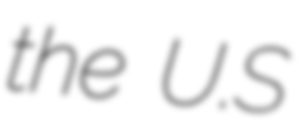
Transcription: the U.S